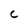
Character: C